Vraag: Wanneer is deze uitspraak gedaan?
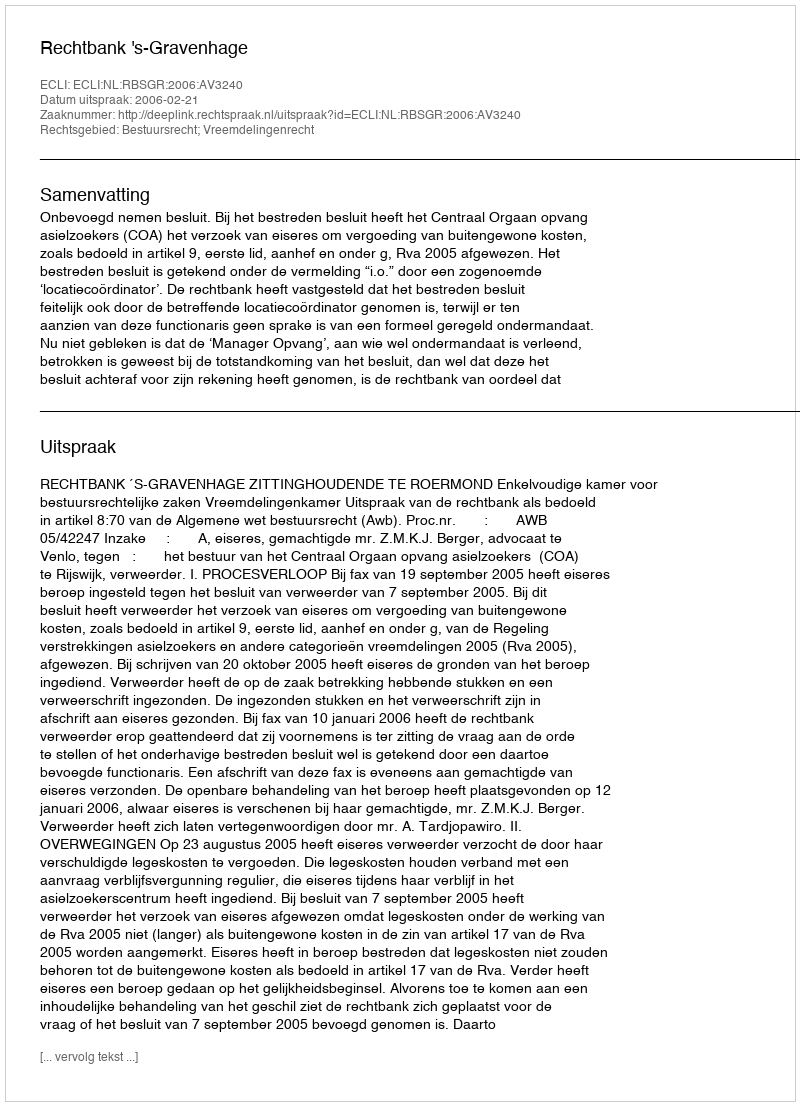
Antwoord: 2006-02-21